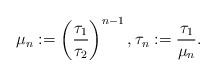
LaTeX: \begin{align*}\mu_n :=\left(\frac{\tau_1}{\tau_2}\right)^{n-1},\tau_n := \frac{\tau_1}{\mu_n}.\end{align*}